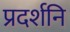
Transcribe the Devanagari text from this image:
प्रदर्शनि